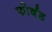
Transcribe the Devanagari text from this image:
फोर्बंड